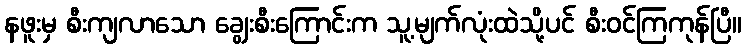
နဖူးမှ စီးကျလာသော ချွေးစီးကြောင်းက သူ့မျက်လုံးထဲသို့ပင် စီးဝင်ကြကုန်ပြီ။